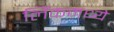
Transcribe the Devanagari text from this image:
लिंकमध्ये